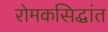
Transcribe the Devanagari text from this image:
रोमकसिद्धांत